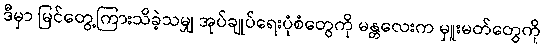
ဒီမှာ မြင်တွေ့ကြားသိခဲ့သမျှ အုပ်ချုပ်ရေးပုံစံတွေကို မန္တလေးက မှူးမတ်တွေကို